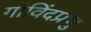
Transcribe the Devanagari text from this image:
गोविंदप्रभु